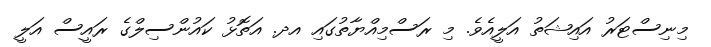
މިނިސްޓަރު އައިޝަތު އަލީއެވެ. މި ރަސްމިއްޔާތުގައި އދ. އަތޮޅު ކައުންސިލްގެ ރައީސް އަލީ